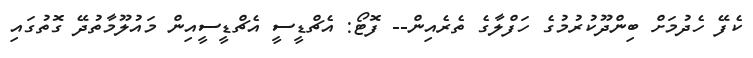
ކެފޭ ހެދުމަށް ބިންދޫކުރުމުގެ ހަފްލާގެ ތެރެއިން-- ފޮޓޯ: އެޗްޑީސީ އެޗްޑީސީއިން މައުލޫމާތުދޭ ގޮތުގައި